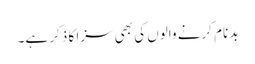
بدنام کرنے والوں کی بھی سزا کا ذکر ہے۔